Leaving Certificate Examination (including Day School Certificate (Higher) General paper), 1934
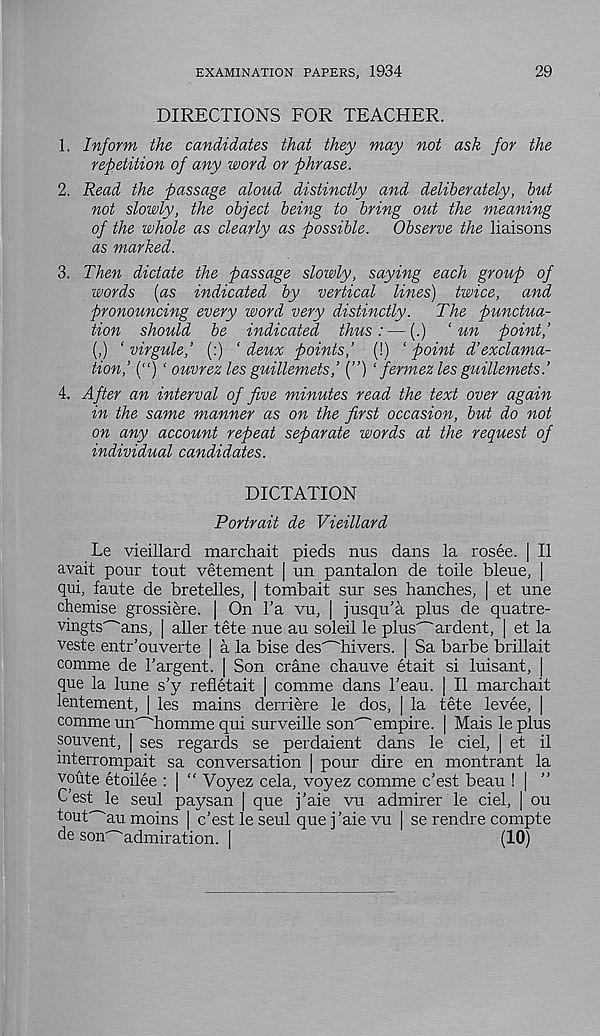
EXAMINATION PAPERS, 1934
29
DIRECTIONS FOR TEACHER.
1. Inform the candidates that they may not ask for the
repetition of any word or phrase.
2. Read the passage aloud distinctly and deliberately, but
not slowly, the object being to bring out the meaning
of the whole as clearly as possible.
Observe the liaisons
as marked.
3. Then dictate the passage slowly, saying each group of
words (as indicated by vertical lines) twice, and
pronouncing every word very distinctly.
The punctua-
tion should be indicated thus:—(.) ‘ un point,’
(,) ‘ virgule,’ (:) ' deux points,’ (!) ‘ point d’exclama-
tion,’ (“) ‘ ouvrez les guillemets,’ (”) ‘ fermez les guillemets.’
4. After an interval of five minutes read the text over again
in the same manner as on the first occasion, but do not
on any account repeat separate words at the request of
individual candidates.
DICTATION
Portrait de Vieillard
Le vieillard marchait pieds nus dans la rosee. | II
avail pour tout vetement | un pantalon de toile bleue, |
qui, faute de bretelles, | tombait sur ses hanches, | et une
chemise grossiere. | On l’a vu, | jusqu’a plus de quatre-
vingts^ans, | aller tete nue au soleil le plus^ardent, | et la
veste entr’ouverte | a la bise des^hivers. | Sa barbe brillait
comme de Fargent. [ Son crane chauve etait si luisant, |
que la lune s’y refletait | comme dans beau. | II marchait
lentement, | les mains derriere le dos, | la tete levee, |
comme un'~'homme qui surveille son' - 'empire. | Mais le plus
souvent, | ses regards se perdaient dans le del, | et il
mterrompait sa conversation | pour dire en montrant la
voute etoilee : | “ Voyez cela, voyez comme c’est beau ! |
C'est le seul paysan | que j’aie vu admirer le ciel, | ou
tout au moins | c’est le seul que j’aie vu | se rendre compte
de son^admiration. |
(10)